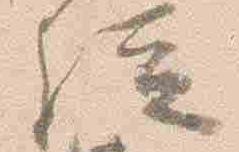
経